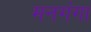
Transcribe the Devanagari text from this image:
मनगंगा